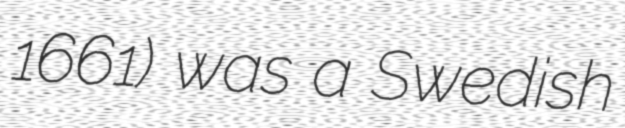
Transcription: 1661) was a Swedish